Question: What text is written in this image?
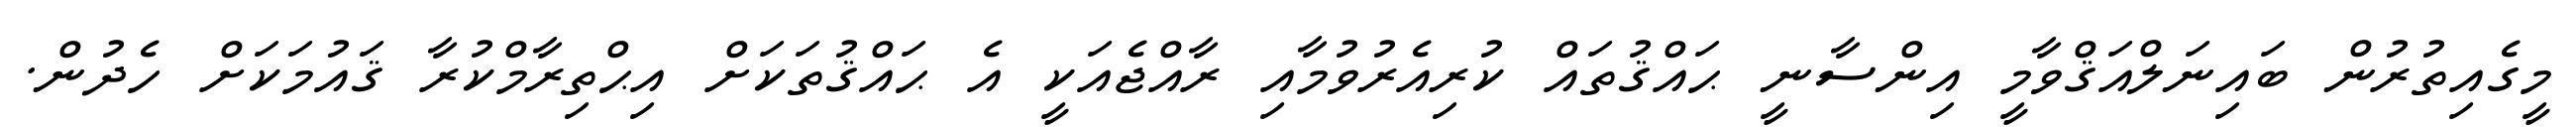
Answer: މީގެއިތުރުން ބައިނަލްއަޤްވާމީ އިންސާނީ ޙައްޤުތައް ކުރިއެރުވުމާއި ރާއްޖެއަކީ އެ ޙައްޤުތަކަށް އިޙްތިރާމްކުރާ ޤައުމަކަށް ހެދުން.